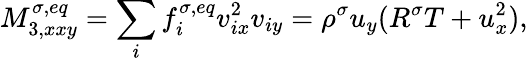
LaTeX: M_{3,xxy}^{\sigma,eq}=\sum_{i}f_{i}^{\sigma,eq}v_{ix}^{2}v_{iy}=\rho^{\sigma}u_{y}(R^{\sigma}T+u_{x}^{2}),